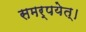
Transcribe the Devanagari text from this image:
समर्पयेत्।